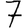
Digit: 7